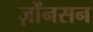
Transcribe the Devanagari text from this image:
ज़ोंनसन